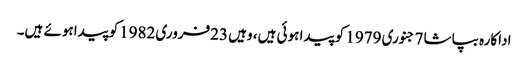
اداکارہ بپاشا 7جنوری 1979 کو پیدا ہوئی ہیں، وہیں 23فروری 1982کوپیداہوئے ہیں۔